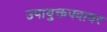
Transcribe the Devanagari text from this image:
उपायुक्तपदावर